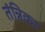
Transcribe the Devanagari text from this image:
तंन्निका